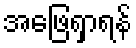
အဖြေရှာရန်